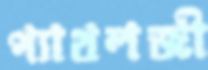
প্যাথলজী